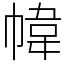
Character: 幃